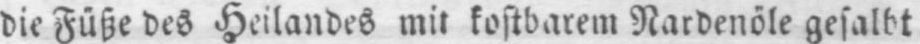
die Füße des Heilandes mit kostbarem Nardenöle gesalbt